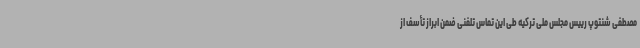
مصطفی شنتوپ رییس مجلس ملی ترکیه طی این تماس تلفنی ضمن ابراز تأسف از